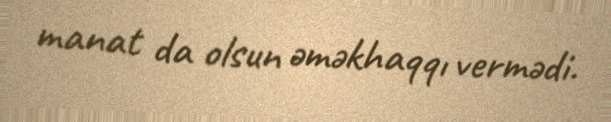
manat da olsun əməkhaqqı vermədi.